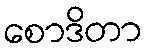
စောဒိတာ